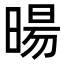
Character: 暘